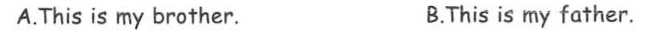
A.This is my brother. B.This is my father.